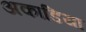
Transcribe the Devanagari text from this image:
अकाडिया